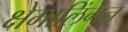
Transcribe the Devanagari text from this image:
क्षेमालिंगन